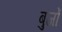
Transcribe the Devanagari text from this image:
बुजों